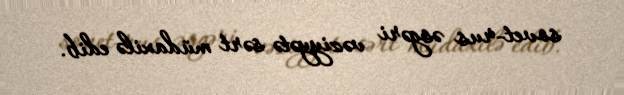
sovet-rus əsgəri vəziyyətə sərt müdaxilə edib.